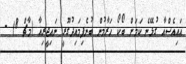
އައިއެސްއާ ގުޅޭނެ ކަމަށް ބޯކޯ ހަރާމުން ބުނެފިމައިދުގޫރީ ނައިޖީރިއާ (މާޗް 8) -